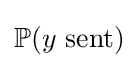
\mathbb {P} (y{\mbox{ sent}})